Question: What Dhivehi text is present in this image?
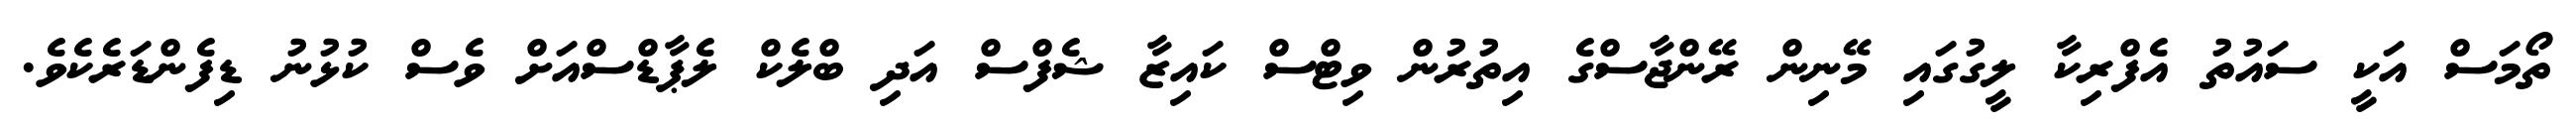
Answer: ތޯމަސް އަކީ ސައުތު އެފްރިކާ ލީގުގައި މޭނިން ރޭންޖާސްގެ އިތުރުން ވިޓްސް ކައިޒާ ޝެފްސް އަދި ބްލެކް ލެޕާޑްސްއަށް ވެސް ކުޅުނު ޑިފެންޑަރެކެވެ.